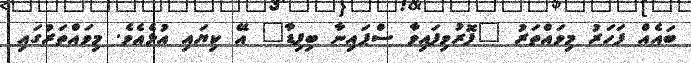
ބައެއް ފަހަރު މިވައްތަރު "ފޮރުވިފައިވާ ސްޕައިނާ ބިފިޑާ" އޭ ކިޔައި އުޅެއެވެ. މިވައްތަރުގައި